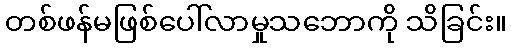
တစ်ဖန်မဖြစ်ပေါ်လာမှုသဘောကို သိခြင်း။